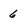
Character: 6